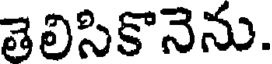
తెలిసికొనెను.